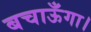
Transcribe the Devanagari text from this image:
बचाऊँगा।